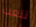
تتعب